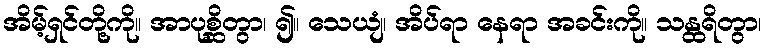
အိမ့်ရှင်တို့ကို။ အာပုစ္ဆိတွာ၊ ၍။ သေယျံ၊ အိပ်ရာ နေရာ အခင်းကို။ သန္ထရိတွာ၊